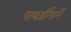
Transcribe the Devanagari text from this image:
पाथर्डीमार्गे